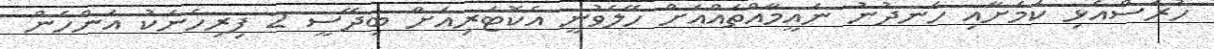
ހުރަސްއެޅި ކަަމަށާއި ހެނދުނު ނައީމާއްތައްއަށް ހޭލެވުނީ އެކޮޓަރިއަށް ބިދޭސީ 2 ފިރިހެނަކު އަންހެން